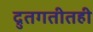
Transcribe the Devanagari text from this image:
द्रुतगतीतही